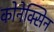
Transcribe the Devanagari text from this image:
कोनेक्सिन